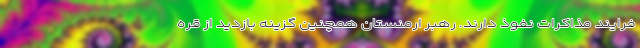
فرایند مذاکرات نفوذ دارند. رهبر ارمنستان همچنین گزینه بازدید از قره